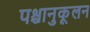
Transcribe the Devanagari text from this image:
पश्चानुकूलन